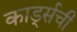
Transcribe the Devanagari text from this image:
कार्ड्सची